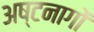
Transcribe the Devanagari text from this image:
अष्टनागों